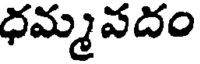
ధమ్మవదం